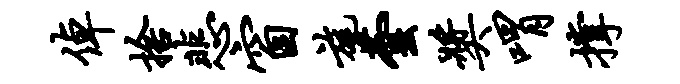
倬舍悲窗旄芸奖喟撑